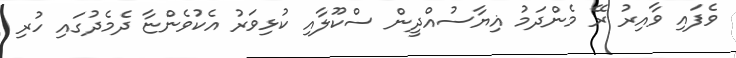
ވެފައި ވާއިރު ރޭ މެންދަމު ޣިޔާސުއްދީން ސްކޫލާއި ކުޅިވަރު އެކުވެންޏާ ދެމެދުގައި ހުރި